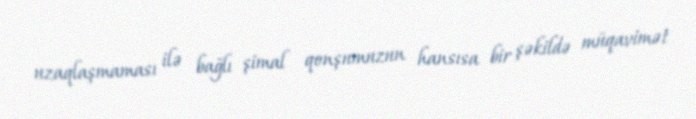
uzaqlaşmaması ilə bağlı şimal qonşumuzun hansısa bir şəkildə müqavimət